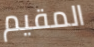
المقيم